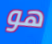
هو